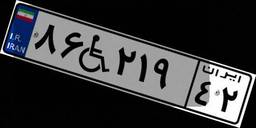
۸۶W۲۱۹۴۲